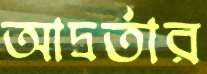
আদ্রর্তার